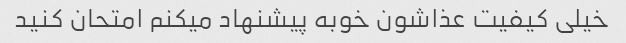
خیلی کیفیت عذاشون خوبه پیشنهاد میکنم امتحان کنید